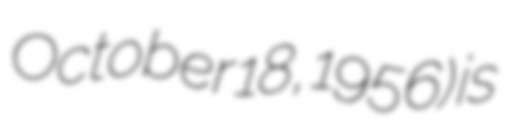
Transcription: October 18, 1956) is